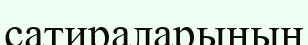
сатираларының